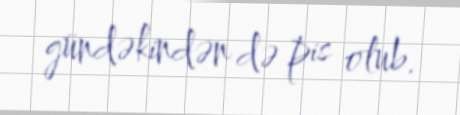
gündəkindən də pis olub.